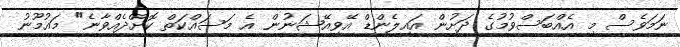
ނަމަވެސް މި އެއްބަސްވުމުގެ ދަށުން އައިލެންޑް އޭވިއޭޝަނުން އެ މަސައްކަތް ކޮށްދެއްވާނެ" މައުމޫނު